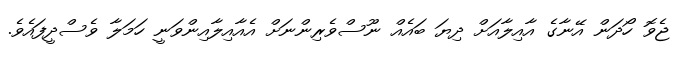
ޖެވޮ ހޯދަން އޭނާގެ އާއިލާއަށް ދިޔަ ބައެއް ނޫސްވެރިންނަށް އެއާއިލާއިންވަނީ ހަމަލާ ވެސްދީފައެވެ.